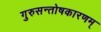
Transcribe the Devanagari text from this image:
गुरुसन्तोषकारणम्